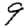
Digit: 9